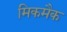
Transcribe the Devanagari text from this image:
मिकमैक